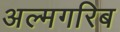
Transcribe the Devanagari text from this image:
अल्मगरिब